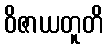
ဝိဇာယတူတိ